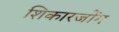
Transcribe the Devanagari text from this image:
शिकारजोंग